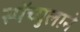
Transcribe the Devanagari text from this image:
स्पॅच्युलाने